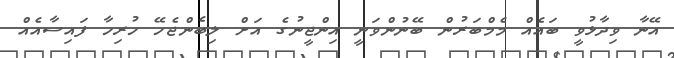
އޭނާ ވިދާޅުވީ ބައެއް މެމްބަރުން ބޭނުންވަނީ އިންޖީނުގެ އަށް ލިބެންޖެހޭ ހުރިހާ ފައިސާއެއް